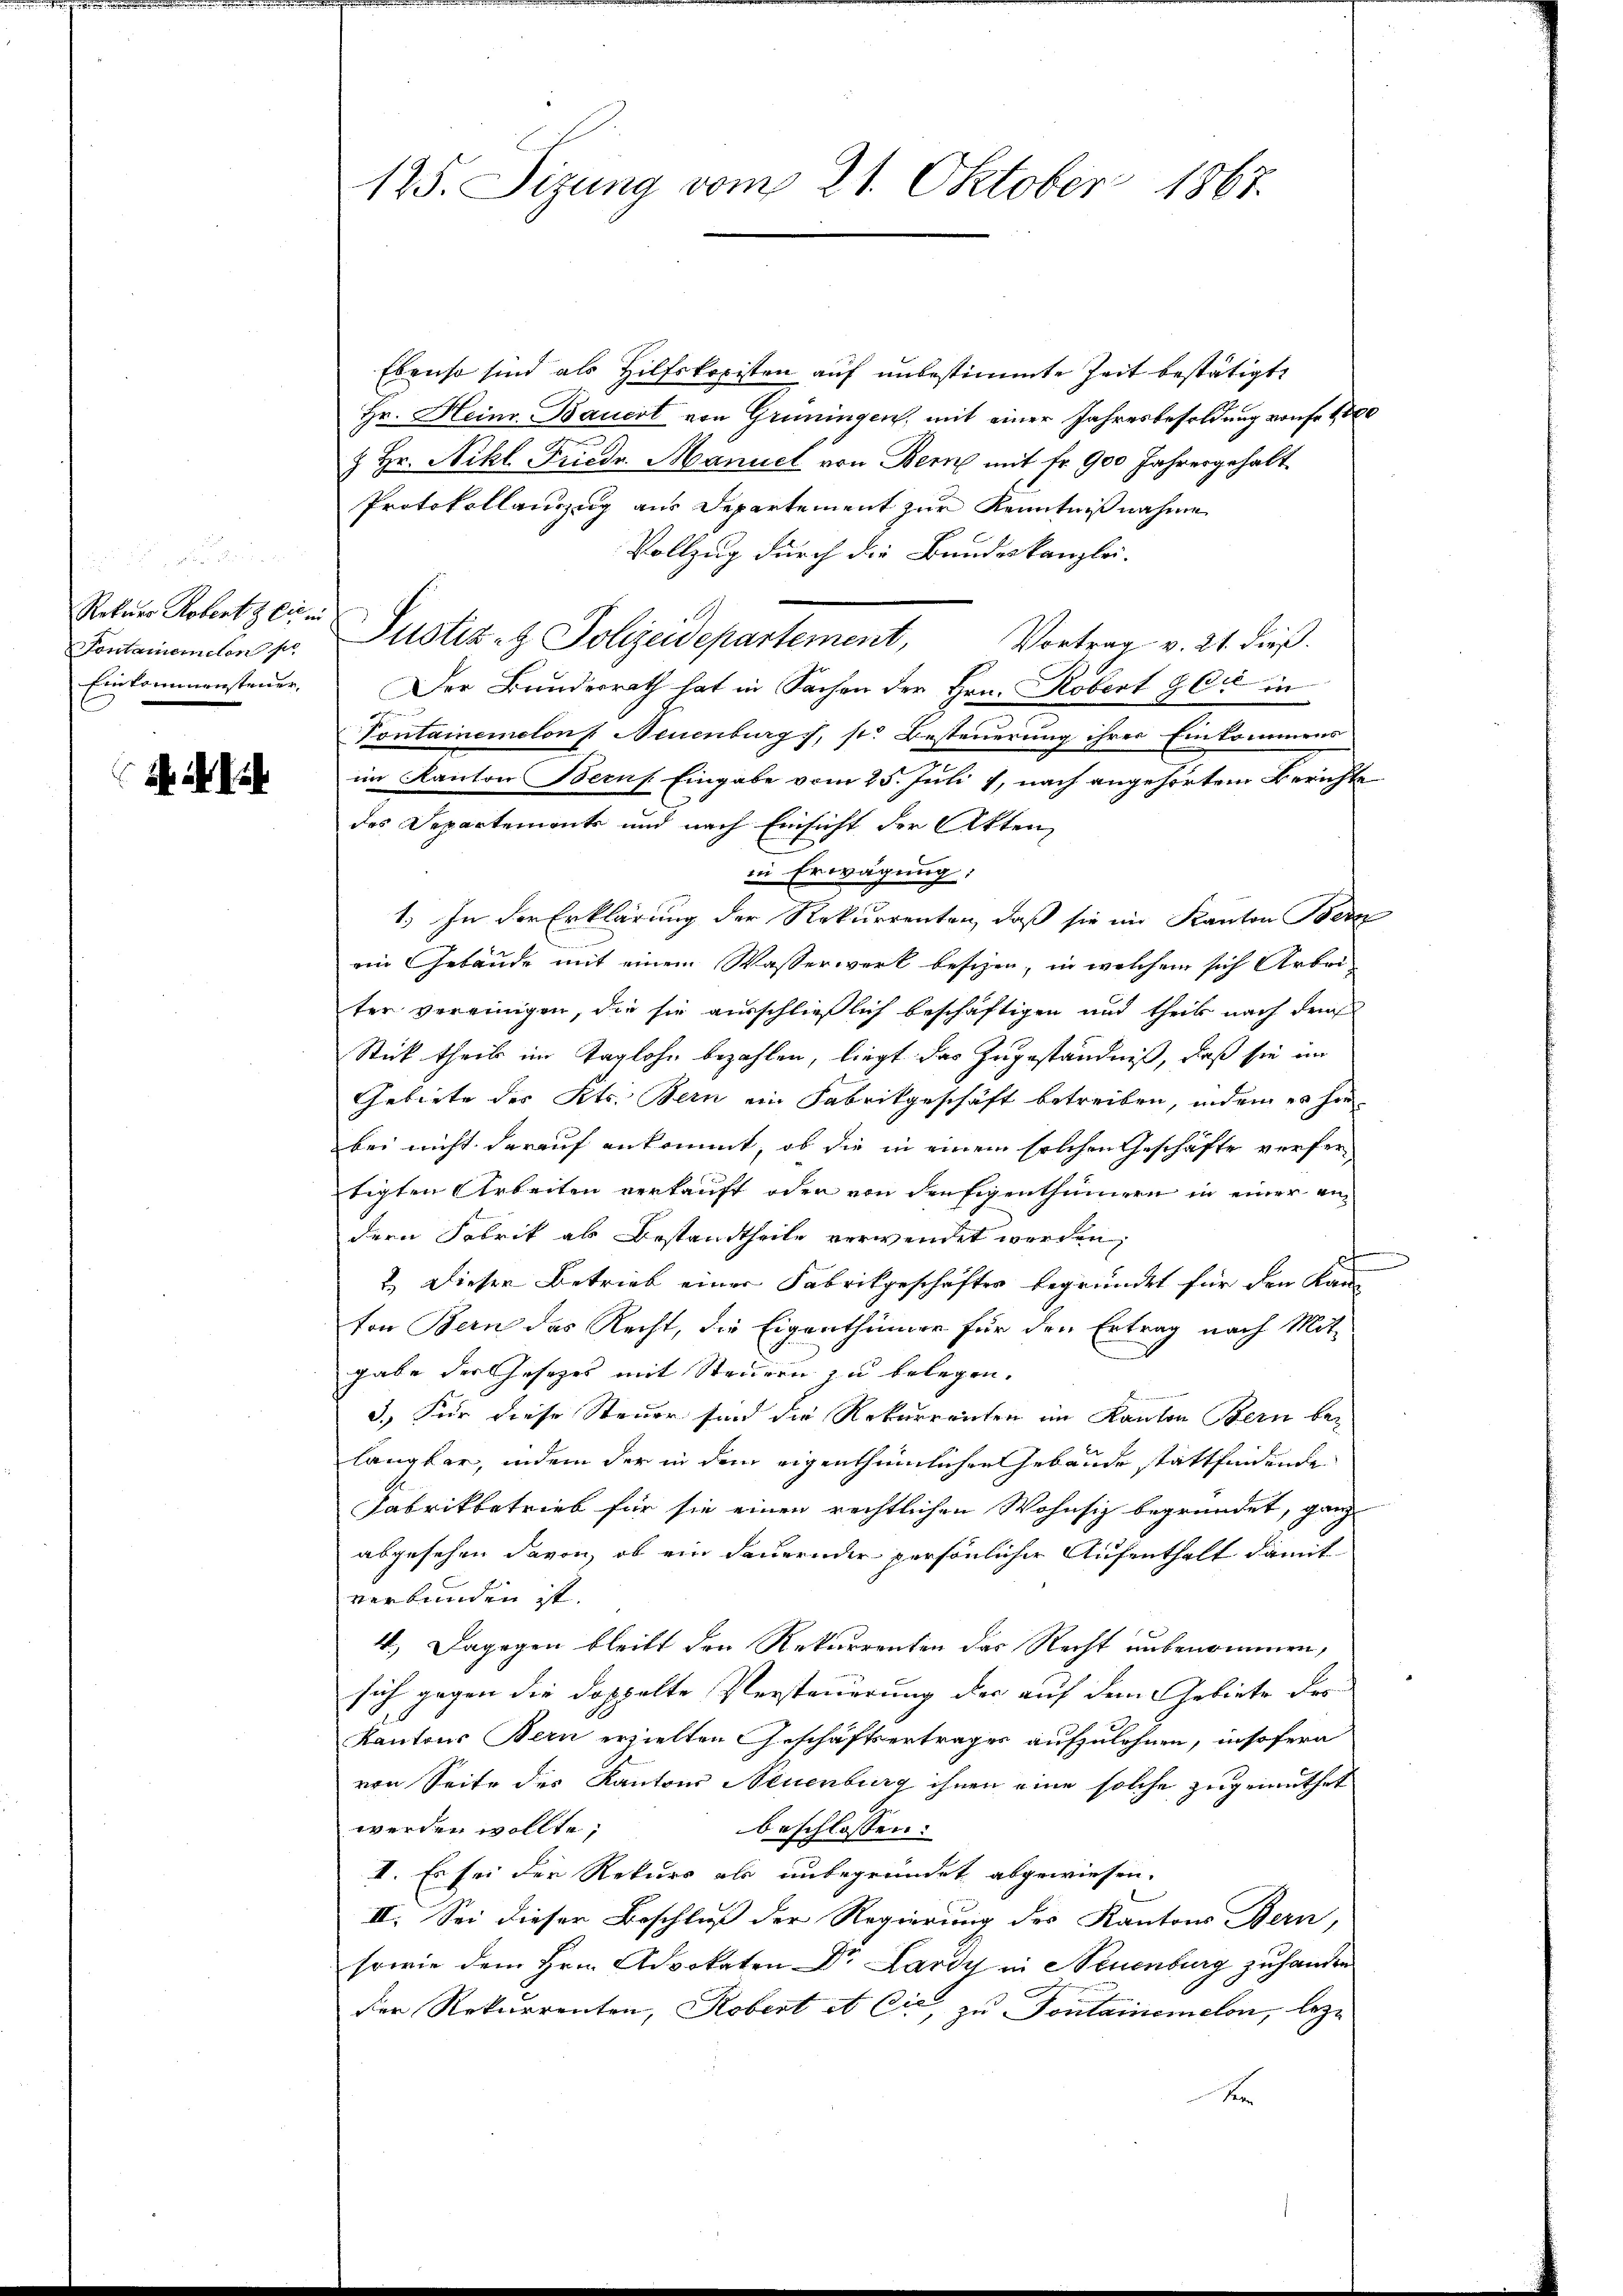
n den
Rekurs Robert & Cie in
Pontanemieten so
Einkommensteuer,

125. Sizung vom 21. Oktober 1867.

Ebenso sind als Hilfskopisten auf unbestimmte Zeit bestätigt
Hr. Heine Bauert von Grüningen, mit einer Jahresbesoldung von Fr. 1000
& Hr. Nikl. Friedr. Manuel von Bern mit Fr. 900 Jahresgehalt
Protokollauszug aus Departement zur Kenntnißnahme
Vollzug durch die Bundeskanzlei-
Justiz- & Polizeidepartement, Vortrag v. 21. dieβ.
Der Bundesrath hat in Sachen der Hrn. Kobert & Cie in
Pontainemelon Neuenburg, s. Besteuerung ihres Einkommens
im Kanton Beruf. Eingabe vom 25. Juli 1, nach angehörtem Berichte
des Departemente und nach Einsicht der Akten,
in Erwägung:
1.) In der Erklärung der Rekurrenten, daß sie im Kanton Bern
ein Gebäude mit einem Wasserwerk beschen, in welchem sich Arbei
ten voreinigen, die sie ausschließlich beschäftigen und theil nach dringe
Stick theil im Taglohn bezahlen, liegt das Zugeständniß, daß sie im
Gebirte des Kts. Bern ein Fabrikgeschäft betreiben, indem es hie
bei nicht darauf ankommt, ob die in einem solchen Geschäfte verfer
tigten Arbeiten verkauft oder von den Eigenthümern in einer andern Fabrik als Bestandtheile verwendet werden,
2. Dieser Betrieb einer Fabrikgeschäftes begründet für den Kan
ton Bern das Recht, die Eigenthümer für den Ertrag nach Mit-
gabe der Gesezes mit Steuern zu belegen.
3.) Für diese Steuer sind die Rekurrenten im Kanton Bern belangbar, indem der in dem eigenthümlichen Gebäude stattfindende
Fabrikbetrieb für sie einen rechtlichen Wohnsiz begründet, ganz
abgesehen davon, ob ein dauernder persönlicher Aufenthalt damit
verbunden ist.
4.) Dagegen bleibt den Rekurrenten des Recht unbenommen,
sich gegen die doppelte Versteuerung der auf dem Gebiete des
Kantons Bern erzielten Geschäftsertrages aufzulehnen, insofern
von Seite des Kantons Neuenburg ihnen eine solche zugemuthet
werden wollte,
beschlossen:
II. Es sei der Rekurs als unbegründet abgewiesen.
II. Sei dieser Beschluß der Regierung des Kantons Bern,
sowie dem Hrn. Advokaten Dr. Lardy in Neuenburg zu handen
der Rekurrenten, Robert et Cie, zu Fontainemclon, lezx